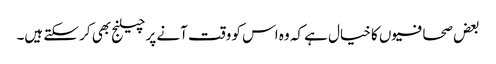
بعض صحافیوں کا خیال ہے کہ وہ اس کو وقت آنے پر چیلنج بھی کر سکتے ہیں۔